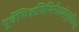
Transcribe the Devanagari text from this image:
पूर्वेभिर्ऋषिभिरीडयोनूतनैरुत